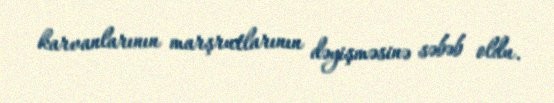
karvanlarının marşrutlarının dəyişməsinə səbəb oldu.